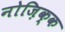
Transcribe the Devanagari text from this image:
नोज़िक्क